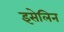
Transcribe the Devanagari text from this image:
इसेलिन